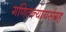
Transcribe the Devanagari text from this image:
गणितन्यायसंग्रह